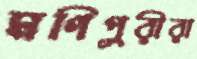
মণিপুরীরা